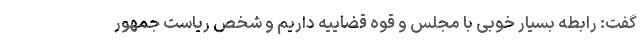
گفت: رابطه بسیار خوبی با مجلس و قوه قضاییه داریم و شخص ریاست جمهور